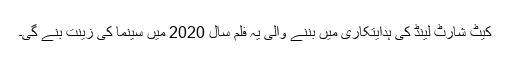
کیٹ شارٹ لینڈ کی ہدایتکاری میں بننے والی یہ فلم سال 2020 میں سینما کی زینت بنے گی۔